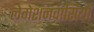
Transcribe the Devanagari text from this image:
लेगेशनवासियों